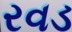
રવડ